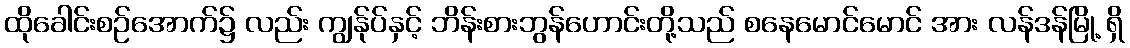
ထိုခေါင်းစဉ်အောက်၌ လည်း ကျွန်ုပ်နှင့် ဘိန်းစားဘွန်ဟောင်းတို့သည် စနေမောင်မောင် အား လန်ဒန်မြို့ ရှိ